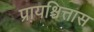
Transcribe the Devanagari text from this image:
प्रायश्चित्तास